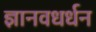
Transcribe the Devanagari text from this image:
ज्ञानवधर्धन